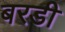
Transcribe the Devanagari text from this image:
बरडी